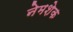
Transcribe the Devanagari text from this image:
नेमशेक